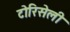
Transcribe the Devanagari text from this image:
टोरिसेली